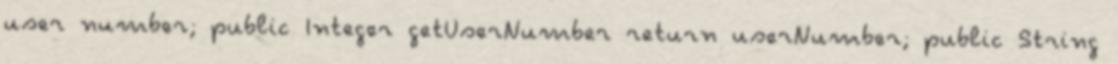
user number; public Integer getUserNumber return userNumber; public String